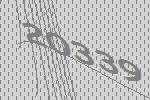
20339